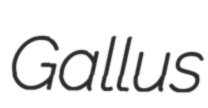
Gallus